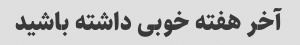
آخر هفته خوبی داشته باشید